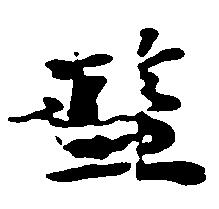
濫